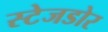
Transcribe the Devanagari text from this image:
स्टेजडोर